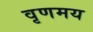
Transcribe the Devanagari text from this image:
वृणमय